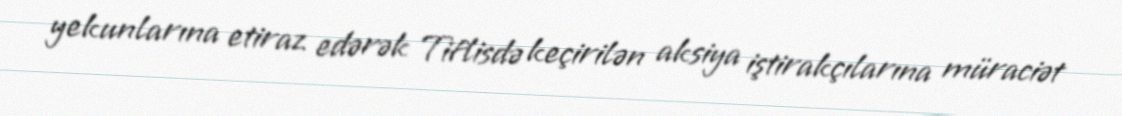
yekunlarına etiraz edərək Tiflisdə keçirilən aksiya iştirakçılarına müraciət